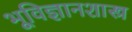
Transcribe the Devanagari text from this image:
भूविज्ञानशास्त्र